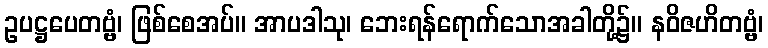
ဥပဋ္ဌပေတဗ္ဗံ၊ ဖြစ်စေအပ်။ အာပဒါသု၊ ဘေးရန်ရောက်သောအခါတို့၌။ နဝိဇဟိတဗ္ဗံ၊